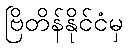
ဗြိတိန်နိုင်ငံမှ